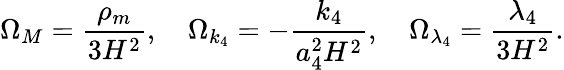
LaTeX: \Omega_{M}=\frac{\rho_{m}}{3H^{2}},\quad\Omega_{k_{4}}=-\frac{k_{4}}{a_{4}^{2}H^{2}},\quad\Omega_{\lambda_{4}}=\frac{\lambda_{4}}{3H^{2}}.